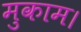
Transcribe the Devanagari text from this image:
मुकाम।